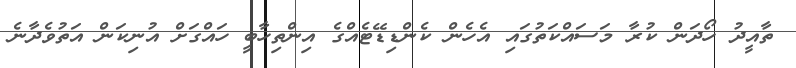
ތާއީދު ހޯދަން ކުރާ މަސައްކަތުގައި އެހެން ކެންޑިޑޭޓެއްގެ އިންތިހާބީ ހައްގަށް އުނިކަން އަތުވެދާނެ